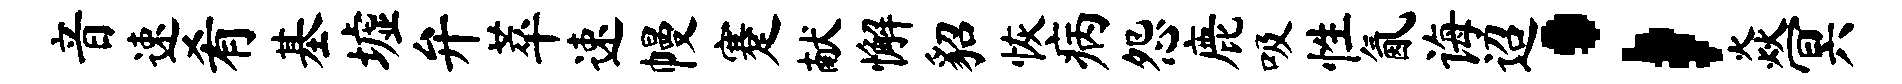
音速肴基墟弁萃速幔蹇献懈貂恢病怨鹿吸性氤诲迢；焱冥